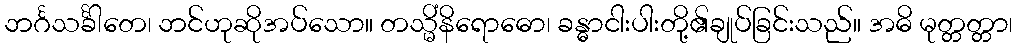
ဘင်္ဂသင်္ခါတေ၊ ဘင်ဟုဆိုအပ်သော။ တသ္မိံနိရောဓော၊ ခန္ဓာငါးပါးတို့၏ချုပ်ခြင်းသည်။ အဓိ မုတ္တတ္တာ၊